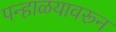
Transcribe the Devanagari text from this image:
पन्हाळयावरून